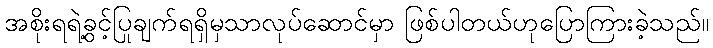
အစိုးရရဲ့ခွင့်ပြုချက်ရရှိမှသာလုပ်ဆောင်မှာ ဖြစ်ပါတယ်ဟုပြောကြားခဲ့သည်။